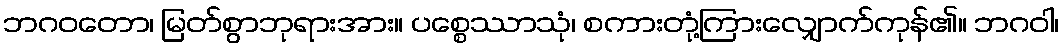
ဘဂဝတော၊ မြတ်စွာဘုရားအား။ ပစ္စေဿာသုံ၊ စကားတုံ့ကြားလျှောက်ကုန်၏။ ဘဂဝါ၊